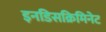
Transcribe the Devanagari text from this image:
इनडिसक्रिमिनेट